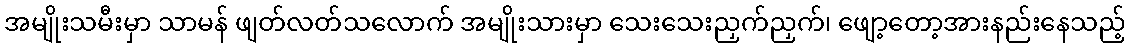
အမျိုးသမီးမှာ သာမန် ဖျတ်လတ်သလောက် အမျိုးသားမှာ သေးသေးညှက်ညှက်၊ ဖျော့တော့အားနည်းနေသည့်